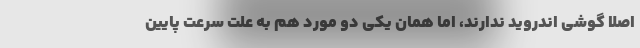
اصلا گوشی اندروید ندارند، اما همان یکی دو مورد هم به علت سرعت پایین